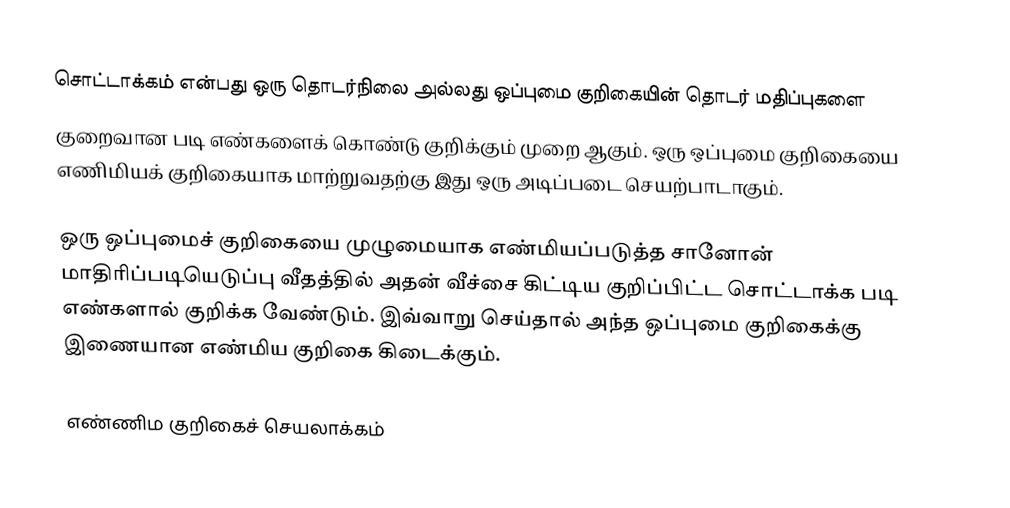
சொட்டாக்கம் என்பது ஒரு தொடர்நிலை அல்லது ஒப்புமை குறிகையின் தொடர் மதிப்புகளை
குறைவான படி எண்களைக் கொண்டு குறிக்கும் முறை ஆகும். ஒரு ஒப்புமை குறிகையை எணிமியக் குறிகையாக மாற்றுவதற்கு இது ஒரு அடிப்படை செயற்பாடாகும்.

ஒரு ஒப்புமைச் குறிகையை முழுமையாக எண்மியப்படுத்த சானோன் மாதிரிப்படியெடுப்பு வீதத்தில் அதன் வீச்சை கிட்டிய குறிப்பிட்ட சொட்டாக்க படி எண்களால் குறிக்க வேண்டும். இவ்வாறு செய்தால் அந்த ஒப்புமை குறிகைக்கு இணையான எண்மிய குறிகை கிடைக்கும்.

எண்ணிம குறிகைச் செயலாக்கம்